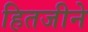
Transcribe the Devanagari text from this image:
हितजीने